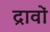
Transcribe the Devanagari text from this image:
द्रावों